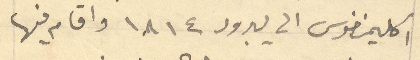
اكليمنضوس الى يبرود 1814 واقام فيها